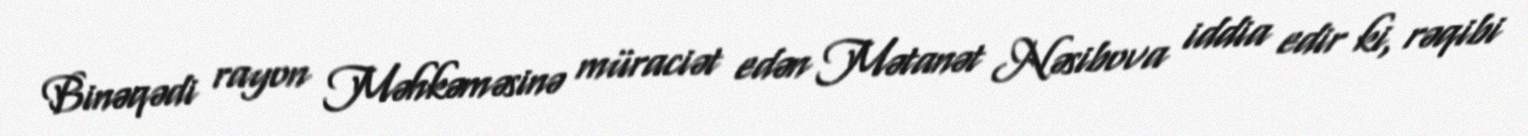
Binəqədi rayon Məhkəməsinə müraciət edən Mətanət Nəsibova iddia edir ki, rəqibi